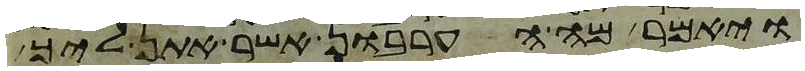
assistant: ויאמר מה הערבון אשר אתן ליך